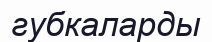
губкаларды